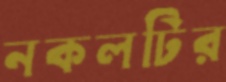
নকলটির